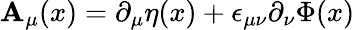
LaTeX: \mathbf{A}_{\mu}(x)=\partial_{\mu}\eta(x)+\epsilon_{\mu\nu}\partial_{\nu}\Phi(x)